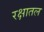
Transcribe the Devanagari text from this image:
रक्षातल